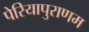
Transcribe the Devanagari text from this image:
पेरियापुराणम